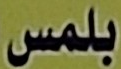
بلمس